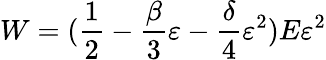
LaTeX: W=(\frac{1}{2}-\frac{\beta}{3}\varepsilon-\frac{\delta}{4}\varepsilon^{2})E\varepsilon^{2}